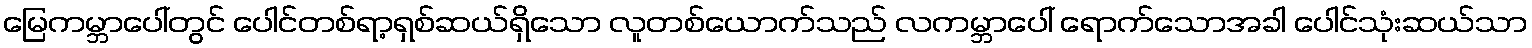
မြေကမ္ဘာပေါ်တွင် ပေါင်တစ်ရာ့ရှစ်ဆယ်ရှိသော လူတစ်ယောက်သည် လကမ္ဘာပေါ် ရောက်သောအခါ ပေါင်သုံးဆယ်သာ